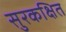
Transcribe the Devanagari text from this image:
सुरकक्षित